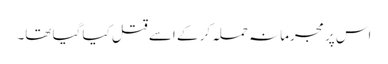
اس پر مجرمانہ حملہ کر کے اسے قتل کیا گیا تھا۔